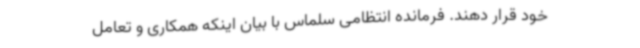
خود قرار دهند. فرمانده انتظامی سلماس با بیان اینکه همکاری و تعامل